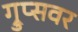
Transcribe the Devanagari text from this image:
ग्रुप्सवर